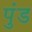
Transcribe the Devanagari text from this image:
पुंड